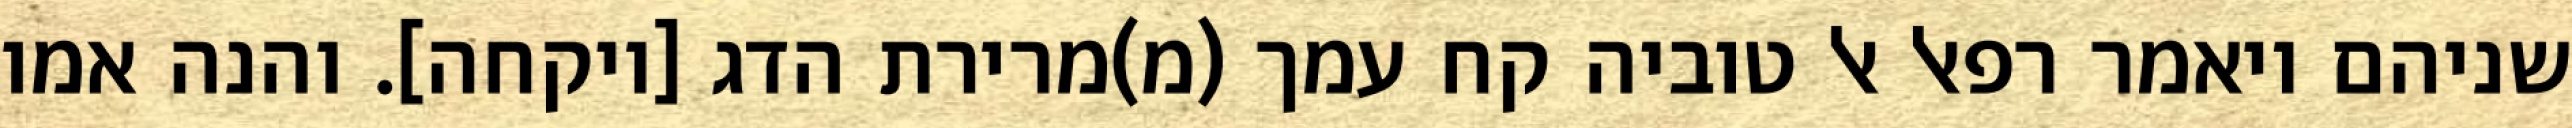
שניהם ויאמר רפאל אל טוביה קח עמך (מ)מרירת הדג [ויקחה]. והנה אמו